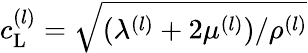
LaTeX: c_{\mathrm{L}}^{(l)}=\sqrt{(\lambda^{(l)}+2\mu^{(l)})/\rho^{(l)}}